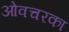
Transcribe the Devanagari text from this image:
ओवचरका